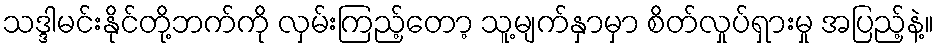
သဒ္ဒါမင်းနိုင်တို့ဘက်ကို လှမ်းကြည့်တော့ သူ့မျက်နှာမှာ စိတ်လှုပ်ရှားမှု အပြည့်နဲ့။